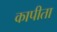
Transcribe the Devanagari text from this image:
कापीता